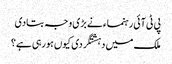
پی ٹی آئی رہنماء نے بڑی وجہ بتادی
ملک میں دہشتگردی کیوں ہورہی ہے؟